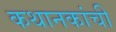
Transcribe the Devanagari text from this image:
कथानकांची